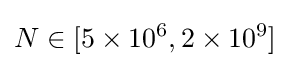
N\in [5\times 10^{6},2\times 10^{9}]